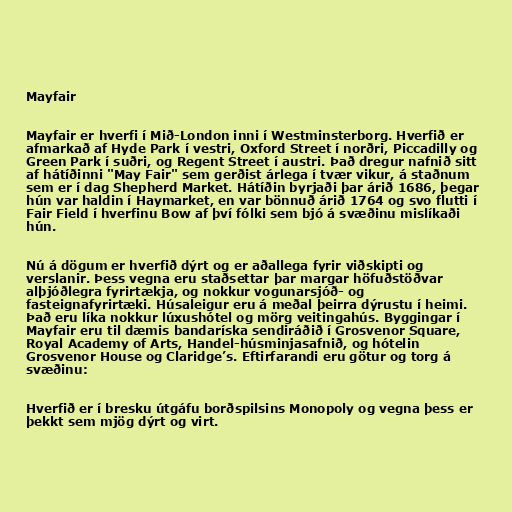
Mayfair

Mayfair er hverfi í Mið-London inni í Westminsterborg. Hverfið er
afmarkað af Hyde Park í vestri, Oxford Street í norðri, Piccadilly og
Green Park í suðri, og Regent Street í austri. Það dregur nafnið sitt
af hátíðinni "May Fair" sem gerðist árlega í tvær vikur, á staðnum
sem er í dag Shepherd Market. Hátíðin byrjaði þar árið 1686, þegar
hún var haldin í Haymarket, en var bönnuð árið 1764 og svo flutti í
Fair Field í hverfinu Bow af því fólki sem bjó á svæðinu mislíkaði
hún.

Nú á dögum er hverfið dýrt og er aðallega fyrir viðskipti og
verslanir. Þess vegna eru staðsettar þar margar höfuðstöðvar
alþjóðlegra fyrirtækja, og nokkur vogunarsjóð- og
fasteignafyrirtæki. Húsaleigur eru á meðal þeirra dýrustu í heimi.
Það eru líka nokkur lúxushótel og mörg veitingahús. Byggingar í
Mayfair eru til dæmis bandaríska sendiráðið í Grosvenor Square,
Royal Academy of Arts, Handel-húsminjasafnið, og hótelin
Grosvenor House og Claridge’s. Eftirfarandi eru götur og torg á
svæðinu:

Hverfið er í bresku útgáfu borðspilsins Monopoly og vegna þess er
þekkt sem mjög dýrt og virt.